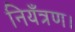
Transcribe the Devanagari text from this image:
नियँत्रण।